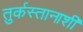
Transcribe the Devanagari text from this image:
तुर्कस्तानाशी